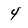
Character: 4